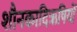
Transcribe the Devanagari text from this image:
शौनकादिऋषियों